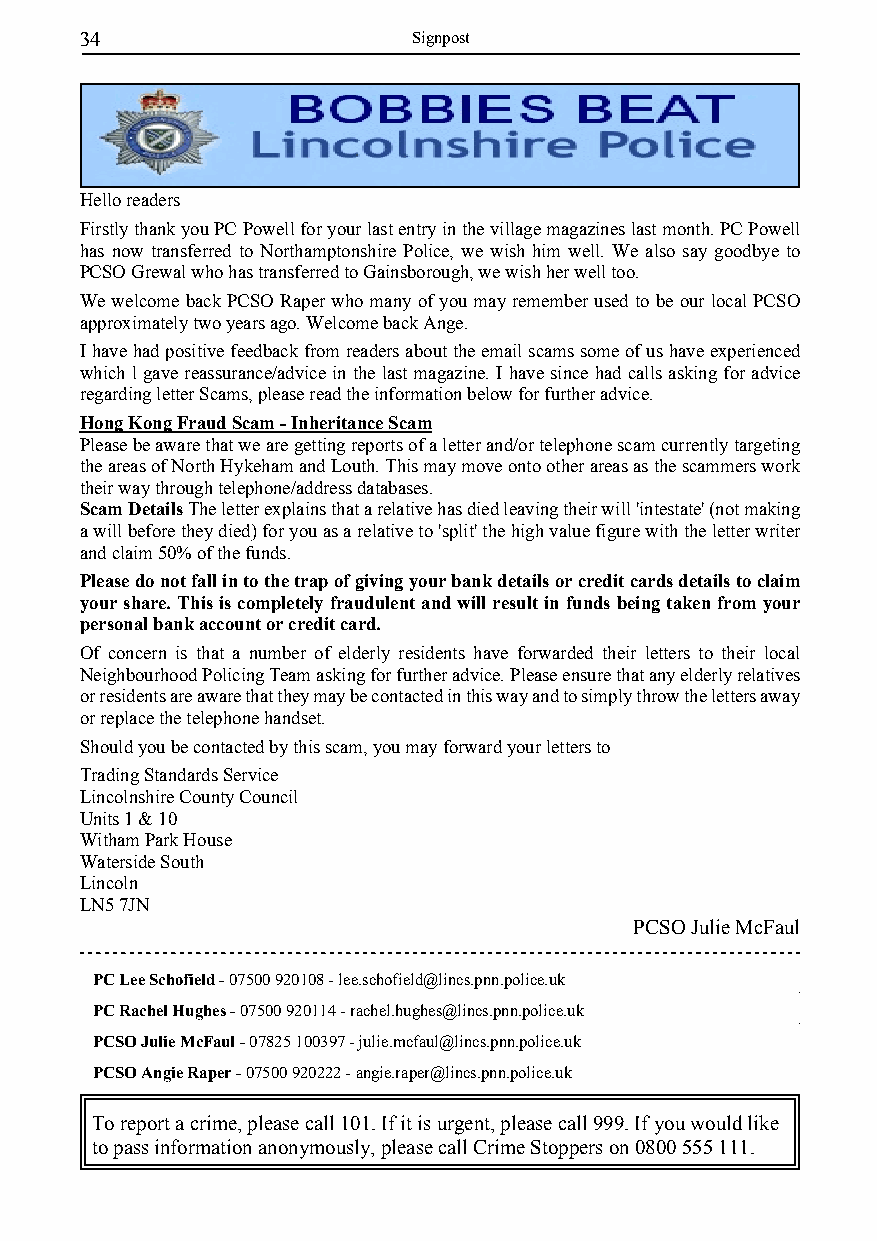
34                    Signpost
 Hello readers
 Firstly thank you PC Powell for your last entry in the village magazines last month. PC Powell
 has now transferred to Northamptonshire Police, we wish him well. We also say goodbye to
 PCSO Grewal who has transferred to Gainsborough, we wish her well too.
 We welcome back PCSO Raper who many of you may remember used to be our local PCSO
 approximately two years ago. Welcome back Ange.
 I have had positive feedback from readers about the email scams some of us have experienced
 which l gave reassurance/advice in the last magazine. I have since had calls asking for advice
 regarding letter Scams, please read the information below for further advice.
 Hong Kong Fraud Scam - Inheritance Scam
 Please be aware that we are getting reports of a letter and/or telephone scam currently targeting
 the areas of North Hykeham and Louth. This may move onto other areas as the scammers work
 their way through telephone/address databases.
 Scam Details The letter explains that a relative has died leaving their will 'intestate' (not making
 a will before they died) for you as a relative to 'split' the high value figure with the letter writer
 and claim 50% of the funds.
 Please do not fall in to the trap of giving your bank details or credit cards details to claim
 your share. This is completely fraudulent and will result in funds being taken from your
 personal bank account or credit card.
 Of concern is that a number of elderly residents have forwarded their letters to their local
 Neighbourhood Policing Team asking for further advice. Please ensure that any elderly relatives
 or residents are aware that they may be contacted in this way and to simply throw the letters away
 or replace the telephone handset.
 Should you be contacted by this scam, you may forward your letters to
 Trading Standards Service
 Lincolnshire County Council
 Units 1 & 10
 Witham Park House
 Waterside South
 Lincoln
 LN5 7JN
 PCSO Julie McFaul
 PC Lee Schofield -07500 920108 - lee.schofield@lincs.pnn.police.uk
 PC Rachel Hughes -07500 920114 - rachel.hughes@lincs.pnn.police.uk
 PCSO Julie McFaul -07825 100397 - julie.mcfaul@lincs.pnn.police.uk
 PCSO Angie Raper -07500 920222 - angie.raper@lincs.pnn.police.uk
 To report a crime, please call 101. If it is urgent, please call 999. If you would like
 to pass information anonymously, please call Crime Stoppers on 0800 555 111.